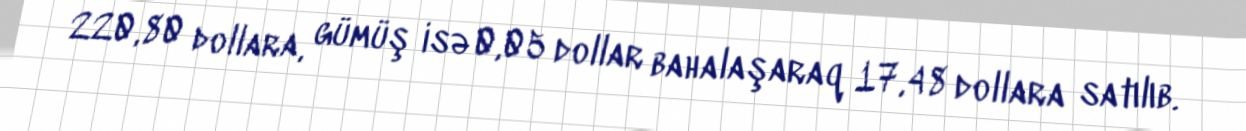
220,80 dollara, gümüş isə 0,05 dollar bahalaşaraq 17,48 dollara satılıb.